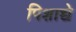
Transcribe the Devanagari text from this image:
पिशाच्चे